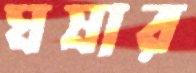
ঘষার